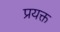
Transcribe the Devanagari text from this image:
प्रयक्त